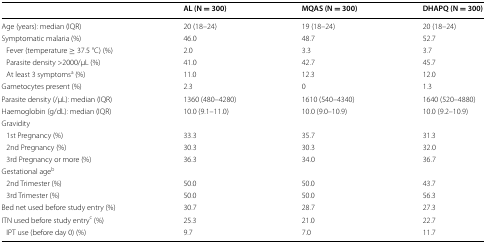
<table><thead><tr><td></td><td><b>AL (N = 300)</b></td><td><b>MQAS (N = 300)</b></td><td><b>DHAPQ (N = 300)</b></td></tr></thead><tbody><tr><td>Age (years): median (IQR)</td><td>20 (18–24)</td><td>19 (18–24)</td><td>20 (18–24)</td></tr><tr><td>Symptomatic malaria (%)</td><td>46.0</td><td>48.7</td><td>52.7</td></tr><tr><td> Fever (temperature ≥ 37.5 °C) (%)</td><td>2.0</td><td>3.3</td><td>3.7</td></tr><tr><td> Parasite density &gt;2000/μL (%)</td><td>41.0</td><td>42.7</td><td>45.7</td></tr><tr><td> At least 3 symptoms<sup>a</sup> (%)</td><td>11.0</td><td>12.3</td><td>12.0</td></tr><tr><td>Gametocytes present (%)</td><td>2.3</td><td>0</td><td>1.3</td></tr><tr><td>Parasite density (/μL): median (IQR)</td><td>1360 (480–4280)</td><td>1610 (540–4340)</td><td>1640 (520–4880)</td></tr><tr><td>Haemoglobin (g/dL): median (IQR)</td><td>10.0 (9.1–11.0)</td><td>10.0 (9.0–10.9)</td><td>10.0 (9.2–10.9)</td></tr><tr><td colspan="4">Gravidity</td></tr><tr><td> 1st Pregnancy (%)</td><td>33.3</td><td>35.7</td><td>31.3</td></tr><tr><td> 2nd Pregnancy (%)</td><td>30.3</td><td>30.3</td><td>32.0</td></tr><tr><td> 3rd Pregnancy or more (%)</td><td>36.3</td><td>34.0</td><td>36.7</td></tr><tr><td colspan="4">Gestational age<sup>b</sup></td></tr><tr><td> 2nd Trimester (%)</td><td>50.0</td><td>50.0</td><td>43.7</td></tr><tr><td> 3rd Trimester (%)</td><td>50.0</td><td>50.0</td><td>56.3</td></tr><tr><td>Bed net used before study entry (%)</td><td>30.7</td><td>28.7</td><td>27.3</td></tr><tr><td>ITN used before study entry<sup>c</sup> (%)</td><td>25.3</td><td>21.0</td><td>22.7</td></tr><tr><td> IPT use (before day 0) (%)</td><td>9.7</td><td>7.0</td><td>11.7</td></tr></tbody></table>